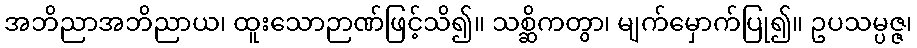
အဘိညာအဘိညာယ၊ ထူးသောဉာဏ်ဖြင့်သိ၍။ သစ္ဆိကတွာ၊ မျက်မှောက်ပြု၍။ ဥပသမ္ပဇ္ဇ၊